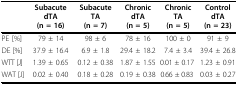
<table><thead><tr><td></td><td><b>Subacute dTA(n = 16)</b></td><td><b>Subacute TA(n = 7)</b></td><td><b>Chronic dTA(n = 5)</b></td><td><b>Chronic TA(n = 5)</b></td><td><b>Control dTA(n = 23)</b></td></tr></thead><tbody><tr><td>PE [%]</td><td>79 ± 14</td><td>98 ± 6</td><td>78 ± 16</td><td>100 ± 0</td><td>91 ± 9</td></tr><tr><td>DE [%]</td><td>37.9 ± 16.4</td><td>6.9 ± 1.8</td><td>29.4 ± 18.2</td><td>7.4 ± 3.4</td><td>39.4 ± 26.8</td></tr><tr><td>WTT [J]</td><td>1.39 ± 0.65</td><td>0.12 ± 0.38</td><td>1.87 ± 1.55</td><td>0.01 ± 0.17</td><td>1.23 ± 0.91</td></tr><tr><td>WAT [J]</td><td>0.02 ± 0.40</td><td>0.18 ± 0.28</td><td>0.19 ± 0.38</td><td>0.66 ± 0.83</td><td>0.03 ± 0.27</td></tr></tbody></table>